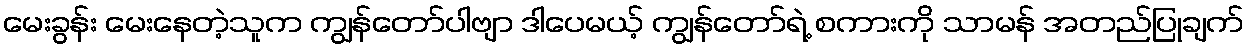
မေးခွန်း မေးနေတဲ့သူက ကျွန်တော်ပါဗျာ ဒါပေမယ့် ကျွန်တော်ရဲ့ စကားကို သာမန် အတည်ပြုချက်